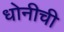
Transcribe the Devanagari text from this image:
धोनीची